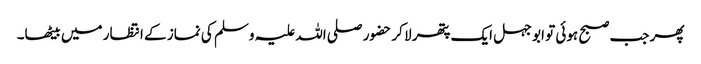
پھر جب صبح ہوئی تو ابو جہل ایک پتھر لا کر حضور صلی اللہ علیہ وسلم کی نماز کے انتظار میں بیٹھا۔